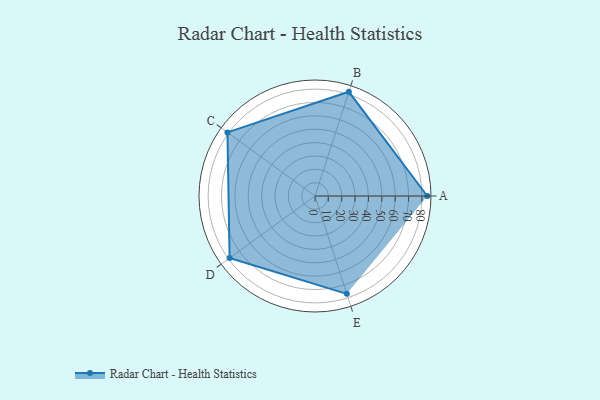
{"axis": {"x": "Skill", "y": "Score"}, "legend": ["Profile"], "data": [{"x": "A", "y": 84.0, "type": "Profile"}, {"x": "B", "y": 82.0, "type": "Profile"}, {"x": "C", "y": 81.0, "type": "Profile"}, {"x": "D", "y": 79.0, "type": "Profile"}, {"x": "E", "y": 77.0, "type": "Profile"}]}